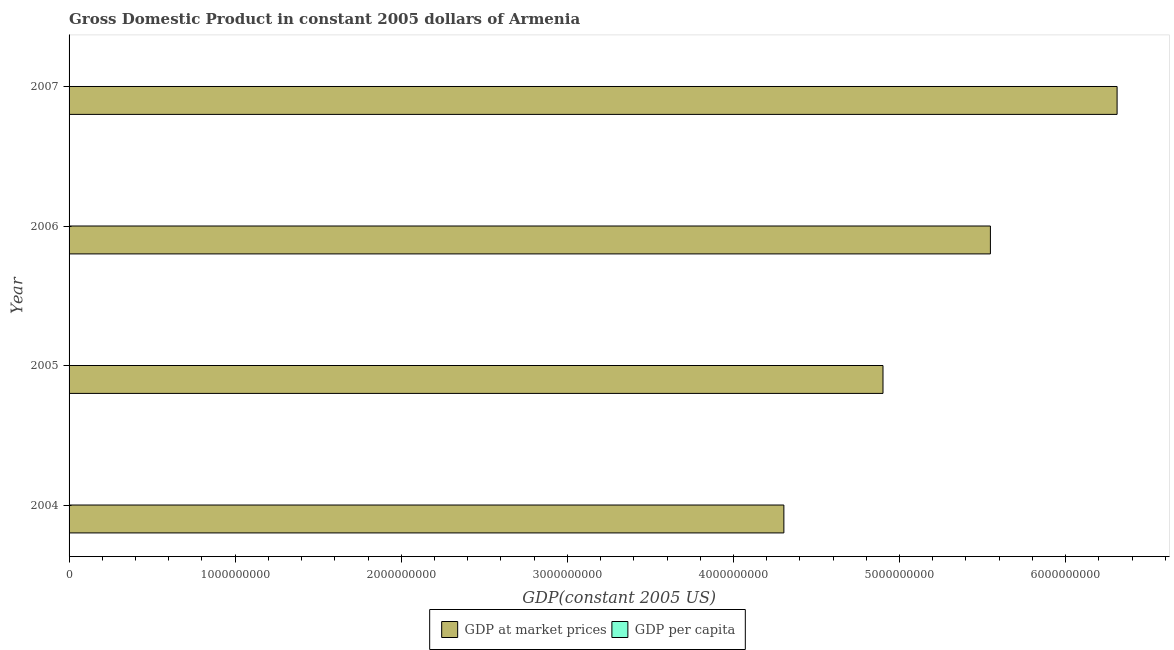
| Year | GDP at market prices | GDP per capita |
 | --- | --- | --- |
 | 2004 | 4.3e+09 | 1.42e+03 |
 | 2005 | 4.9e+09 | 1.63e+03 |
 | 2006 | 5.55e+09 | 1.85e+03 |
 | 2007 | 6.31e+09 | 2.11e+03 |